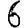
Digit: 6